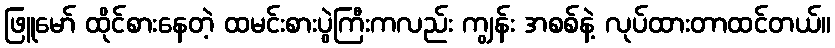
ဖြူမော် ထိုင်စားနေတဲ့ ထမင်းစားပွဲကြီးကလည်း ကျွန်း အစစ်နဲ့ လုပ်ထားတာထင်တယ်။